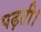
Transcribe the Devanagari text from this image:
पढ़ती।